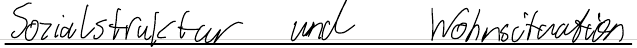
Sozialstruktur und Wohnsituation